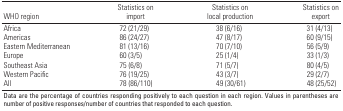
<table><thead><tr><td><b>WHO region</b></td><td><b>Statistics on import</b></td><td><b>Statistics on local production</b></td><td><b>Statistics on export</b></td></tr></thead><tbody><tr><td>Africa</td><td></td><td>72 (21/29)</td><td></td><td>38 (6/16)</td><td></td><td>31 (4/13)</td></tr><tr><td>Americas</td><td></td><td>86 (24/27)</td><td></td><td>47 (8/17)</td><td></td><td>60 (9/15)</td></tr><tr><td>Eastern Mediterranean</td><td></td><td>81 (13/16)</td><td></td><td>70 (7/10)</td><td></td><td>56 (5/9)</td></tr><tr><td>Europe</td><td></td><td>60 (3/5)</td><td></td><td>25 (1/4)</td><td></td><td>33 (1/3)</td></tr><tr><td>Southeast Asia</td><td></td><td>75 (6/8)</td><td></td><td>71 (5/7)</td><td></td><td>80 (4/5)</td></tr><tr><td>Western Pacific</td><td></td><td>76 (19/25)</td><td></td><td>43 (3/7)</td><td></td><td>29 (2/7)</td></tr><tr><td>All</td><td></td><td>78 (86/110)</td><td></td><td>49 (30/61)</td><td></td><td>48 (25/52)</td></tr><tr><td colspan="7">Data are the percentage of countries responding positively to each question in each region. Values in parentheses are number of positive responses/number of countries that responded to each question.</td></tr></tbody></table>